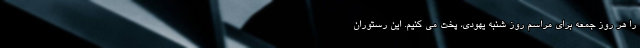
را هر روز جمعه برای مراسم روز شنبه یهودی، پخت می کنیم. این رستوران